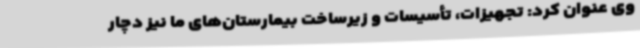
وی عنوان کرد: تجهیزات، تأسیسات و زیرساخت بیمارستان‌های ما نیز دچار